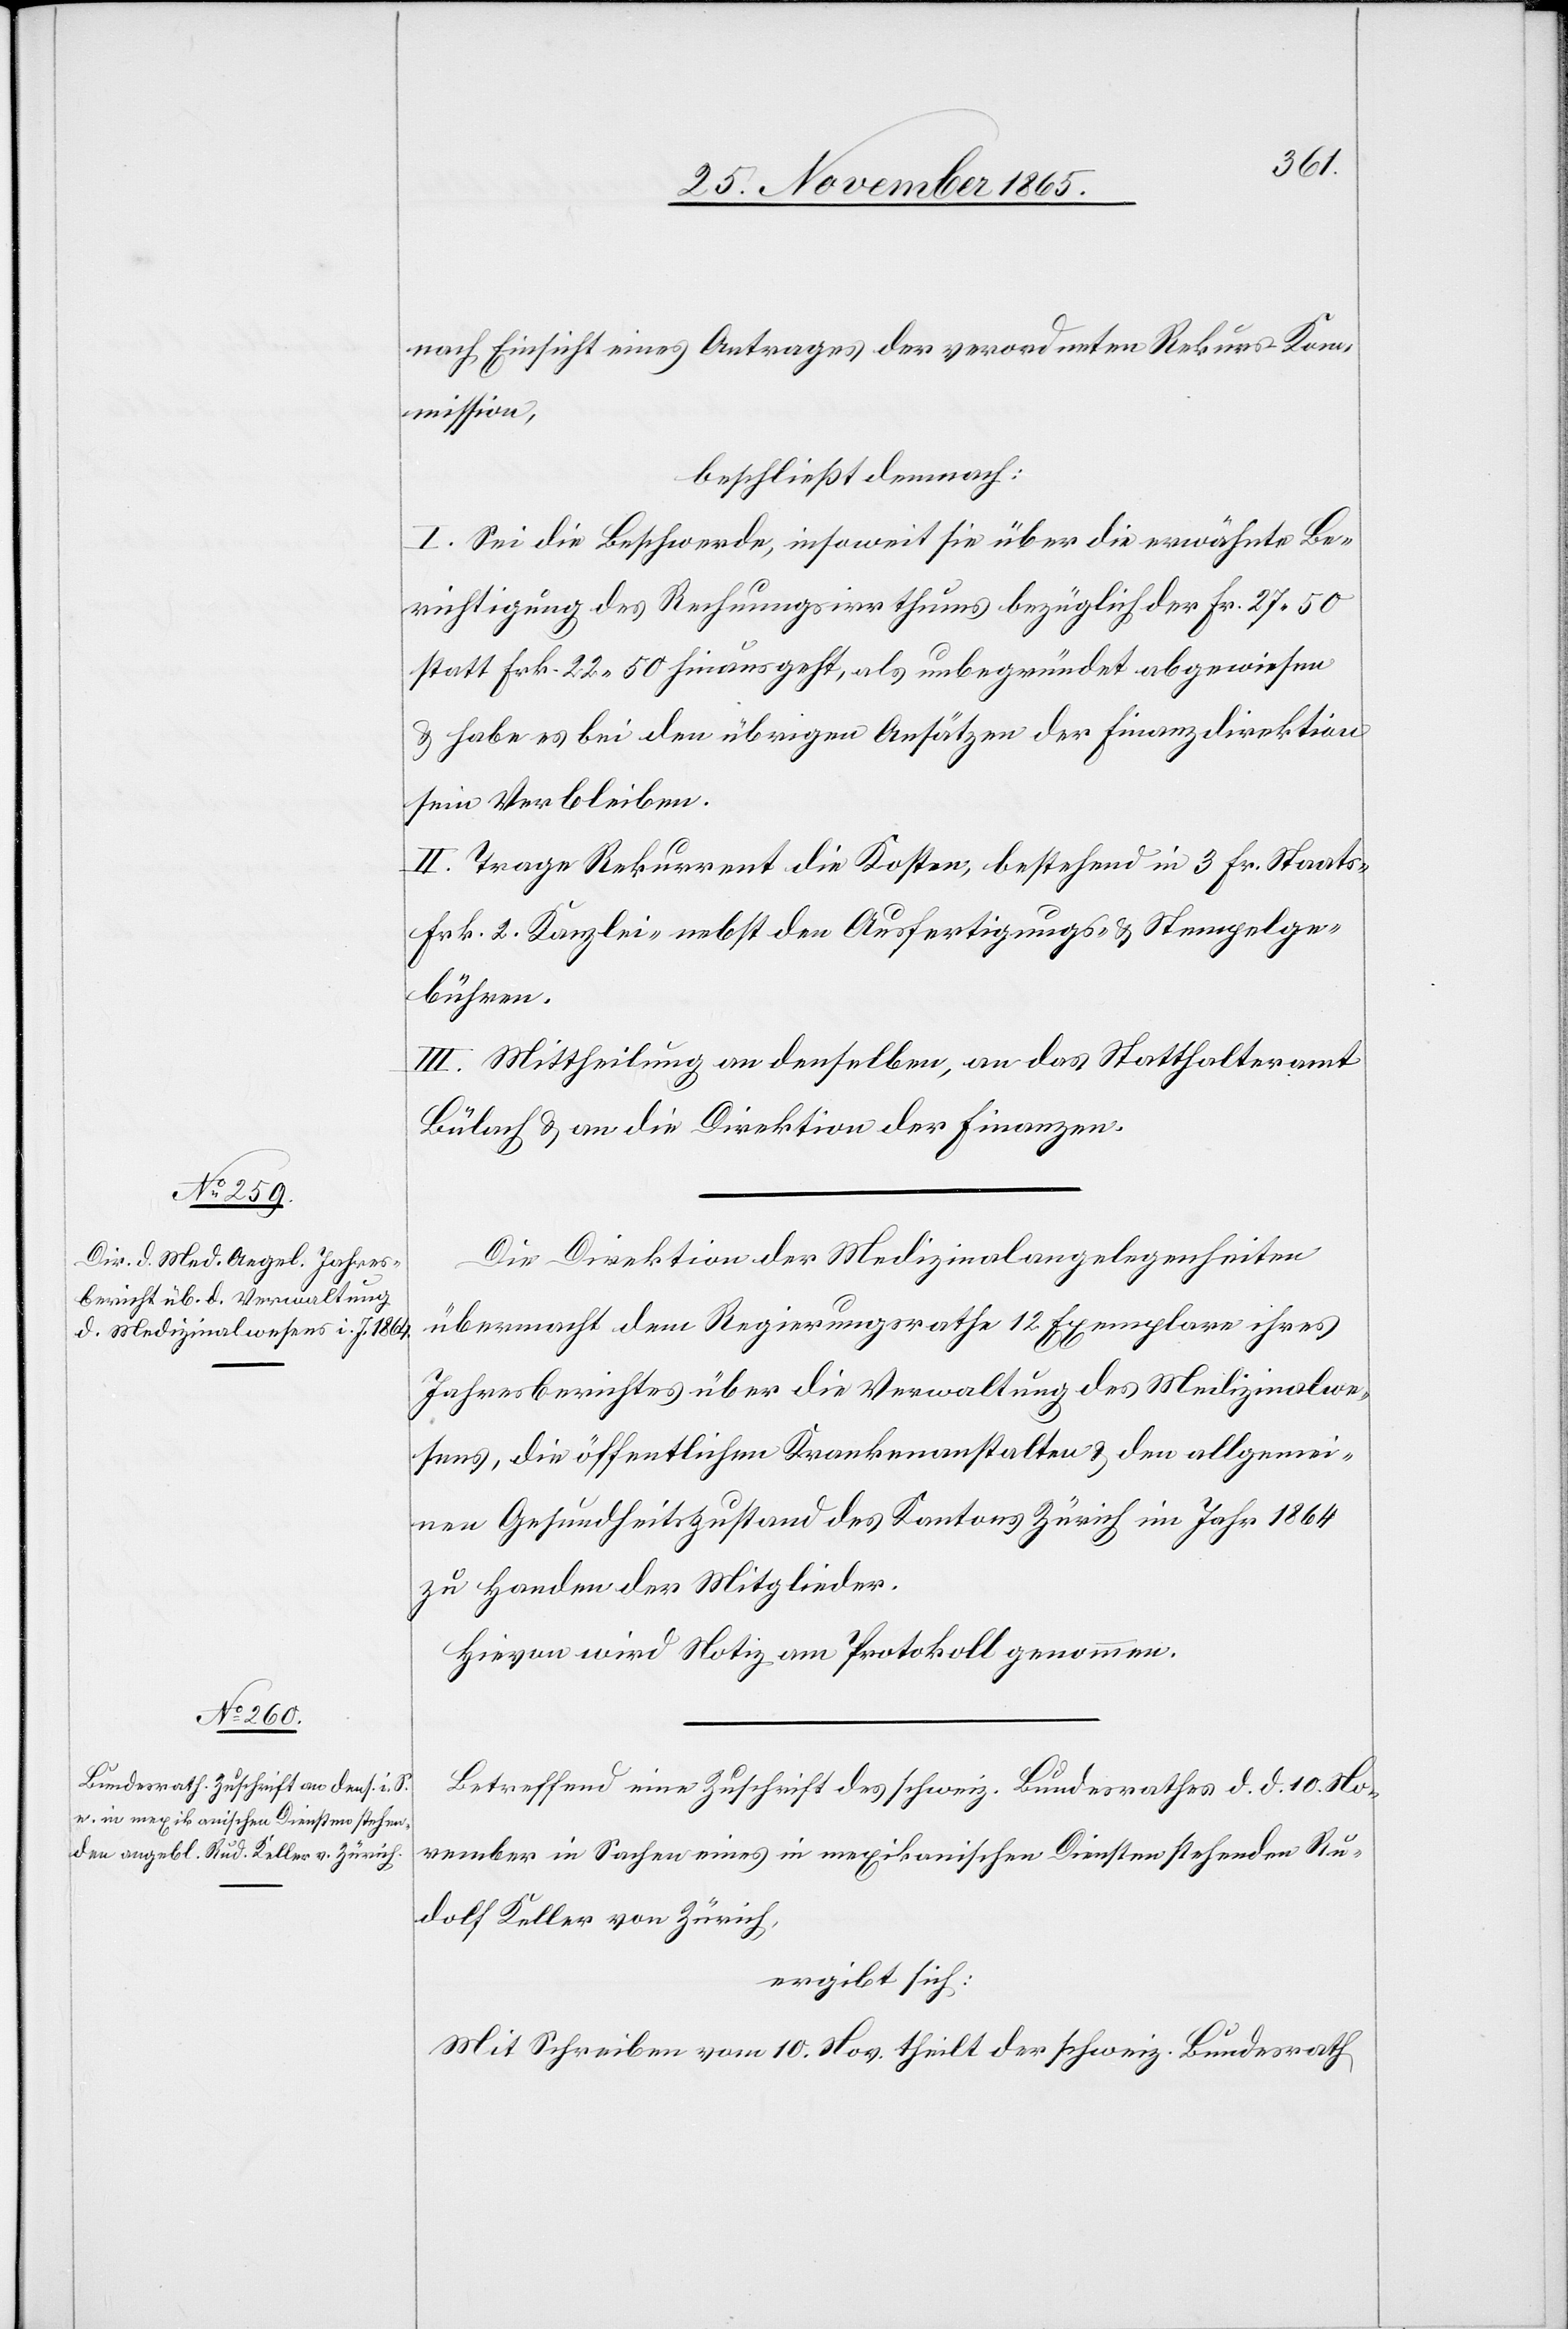
nach Einsicht eines Antrages der verordneten Rekurs-Kom¬
mission,
beschließt demnach:
I. Sei die Beschwerde, insoweit sie über die erwähnte Be¬
richtigung des Rechnungsirrthums bezüglich der Fr. 27.50
statt Frk. 22.50 hinaus geht, als unbegründet abgewiesen
& habe es bei den übrigen Ansätzen der Finanzdirektion
sein Verbleiben.
II. Trage Rekurrent die Kosten, bestehend in 3 Fr. Staats-
Frk. 2 Kanzlei- nebst den Ausfertigungs- & Stempelge¬
bühren.
Die Direktion der Medizinalangelegenheiten
übermacht dem Regierungsrathe 12 Exemplare ihres
Jahresberichtes über die Verwaltung des Medizinalwe¬
sens, die öffentlichen Krankenanstalten & den allgemei¬
nen Gesundheitszustand des Kantons Zürich im Jahr 1864
zu Handen der Mitglieder.
Hievon wird Notiz am Protokoll genommen.
Betreffend eine Zuschrift des schweiz. Bundesrathes d. d. 10. No¬
vember in Sachen eines in mexikanischen Diensten stehenden Ru¬
dolf Keller von Zürich,
ergibt sich:
Mit Schreiben vom 10. Nov. theilt der schweiz. Bundesrath